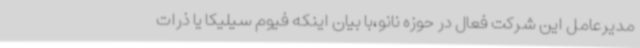
مدیرعامل این شرکت فعال در حوزه نانو،با بیان اینکه فیوم سیلیکا یا ذرات